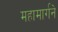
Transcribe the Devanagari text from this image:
महामार्गने